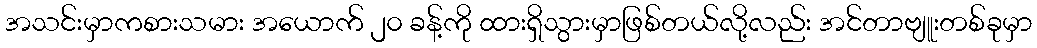
အသင်းမှာကစားသမား အယောက် ၂၀ ခန့်ကို ထားရှိသွားမှာဖြစ်တယ်လို့လည်း အင်တာဗျူးတစ်ခုမှာ